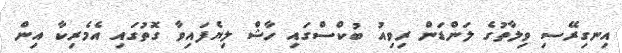
އިނގިރޭސި ވިލާތުގެ ލަންޑަން ރިވިއު ބުކްސްގައި ހާޝް ލިޔެފައިވާ ގޮތުގައި އެެމެރިކާ އިން